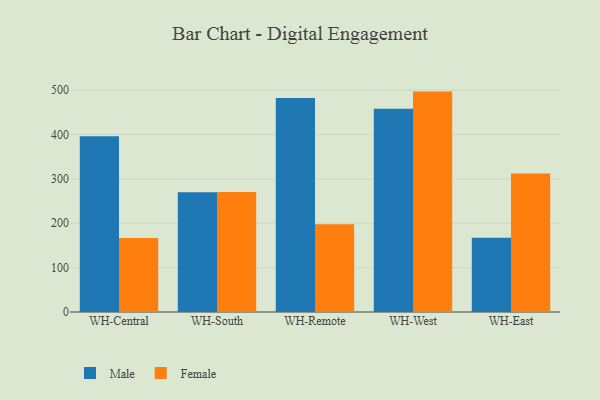
{"axis": {"x": "Warehouse", "y": "Page Views"}, "legend": ["Female", "Male"], "data": [{"x": "WH-Central", "y": 396.2, "type": "Male"}, {"x": "WH-Central", "y": 166.7, "type": "Female"}, {"x": "WH-South", "y": 270.0, "type": "Male"}, {"x": "WH-South", "y": 270.2, "type": "Female"}, {"x": "WH-Remote", "y": 482.4, "type": "Male"}, {"x": "WH-Remote", "y": 197.6, "type": "Female"}, {"x": "WH-West", "y": 458.0, "type": "Male"}, {"x": "WH-West", "y": 496.7, "type": "Female"}, {"x": "WH-East", "y": 167.5, "type": "Male"}, {"x": "WH-East", "y": 311.9, "type": "Female"}]}